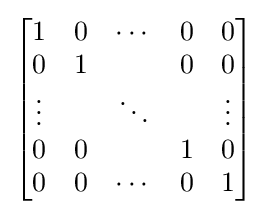
{\begin{bmatrix}1&0&\cdots &0&0\\0&1&&0&0\\\vdots &&\ddots &&\vdots \\0&0&&1&0\\0&0&\cdots &0&1\end{bmatrix}}